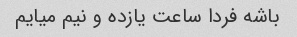
باشه فردا ساعت یازده و نیم میایم